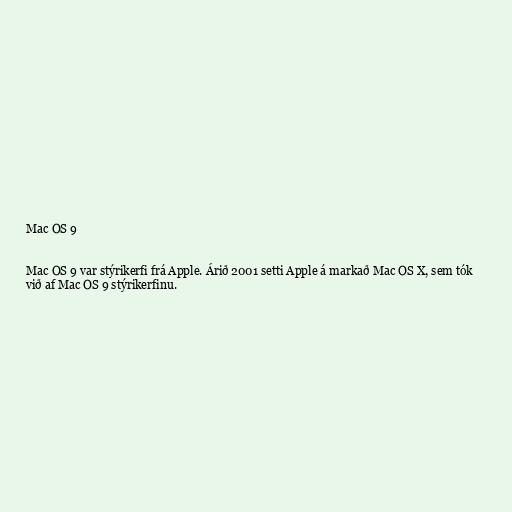
Mac OS 9

Mac OS 9 var stýrikerfi frá Apple. Árið 2001 setti Apple á markað Mac OS X, sem tók
við af Mac OS 9 stýrikerfinu.